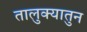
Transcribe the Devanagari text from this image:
तालुक्यातुन